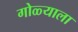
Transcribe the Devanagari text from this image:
गोळ्याला